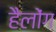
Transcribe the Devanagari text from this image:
हैलोंग